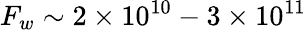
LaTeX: F_{w}\sim 2\times 10^{10}-3\times 10^{11}